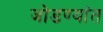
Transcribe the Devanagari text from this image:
जोडण्यांत